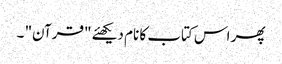
پھر اس کتاب کا نام دیکھئے "قرآن" ۔